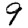
Digit: 9